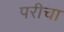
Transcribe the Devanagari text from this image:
परीचा